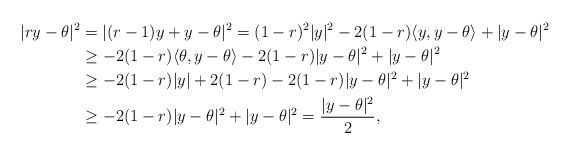
LaTeX: \begin{align*}|ry-\theta|^2 &= |(r-1)y+y-\theta|^2= (1-r)^2|y|^2-2(1-r)\langle y,y-\theta\rangle+|y-\theta|^2\\&\geq -2(1-r)\langle \theta,y-\theta\rangle-2(1-r)|y-\theta|^2+|y-\theta|^2 \\&\geq -2(1-r)|y|+2(1-r)-2(1-r)|y-\theta|^2+|y-\theta|^2 \\&\geq -2(1-r)|y-\theta|^2+|y-\theta|^2= \frac{|y-\theta|^2}{2},\end{align*}